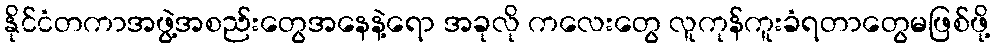
နိုင်ငံတကာအဖွဲ့အစည်းတွေအနေနဲ့ရော အခုလို ကလေးတွေ လူကုန်ကူးခံရတာတွေမဖြစ်ဖို့